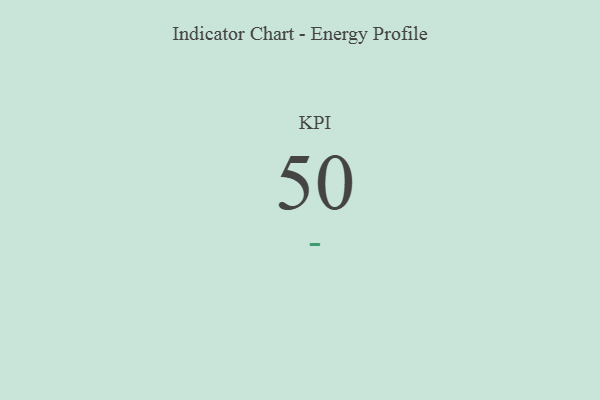
{"axis": {"x": "KPI", "y": "Value"}, "legend": [""], "data": [{"x": "KPI", "y": 50, "type": ""}]}